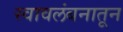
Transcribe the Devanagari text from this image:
स्वावलंबनातून